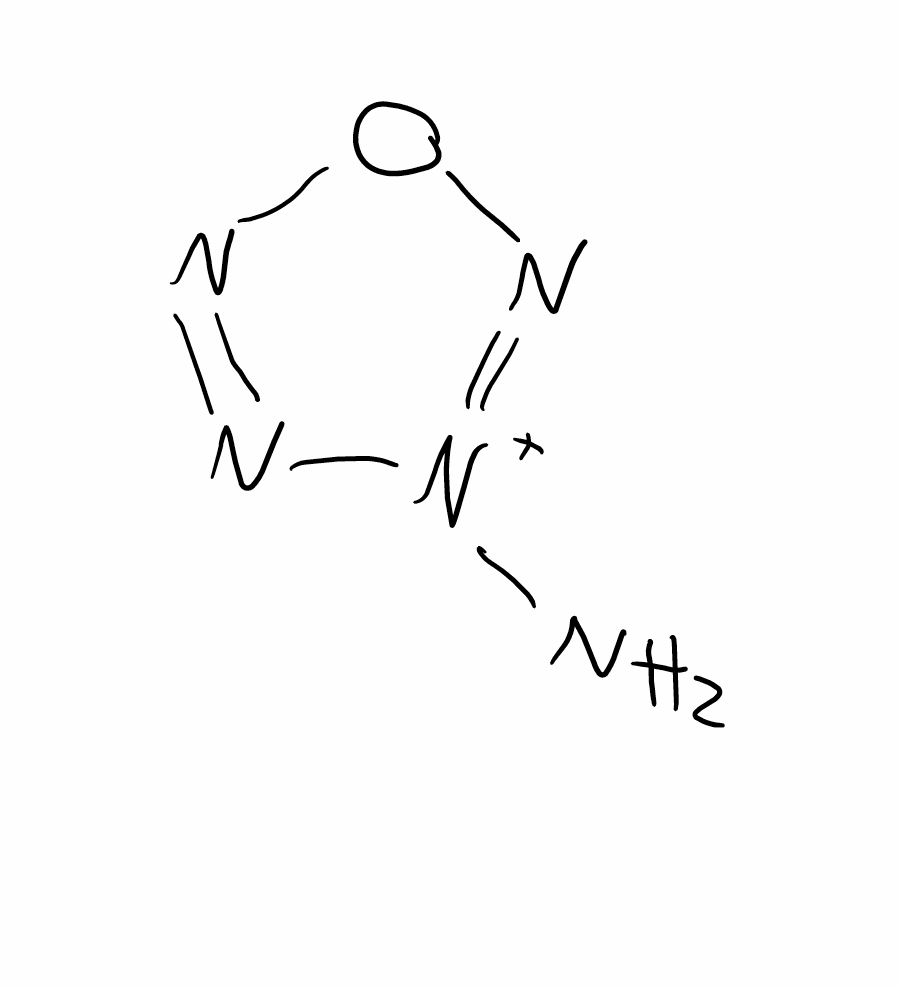
Simplified molecular-input line-entry system (SMILES) notation of the given molecule:
N[N+]1=NON=N1